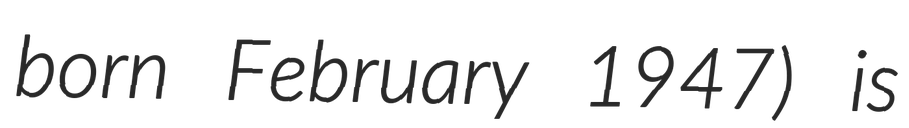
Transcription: born February 1947) is